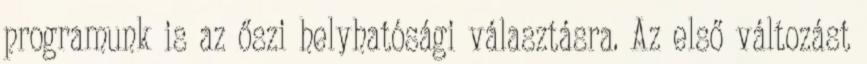
programunk is az őszi helyhatósági választásra. Az első változást